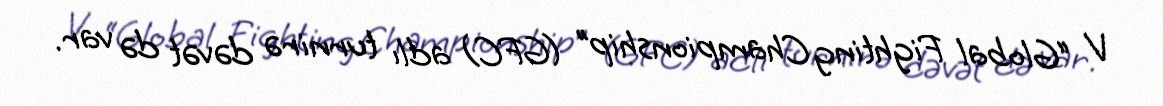
V “Global Fighting Championship” (GFC) adlı turnirə dəvət də var.